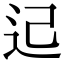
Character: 𨑓